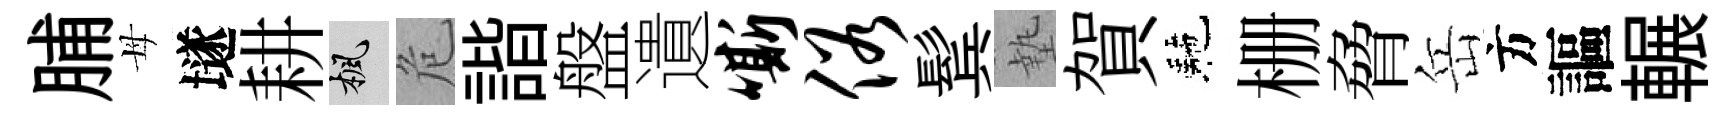
脯母𡑞耕楓危諧盤遺嘶俗鬂墊賀駰栅脅岳方謳輾